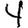
Digit: 4